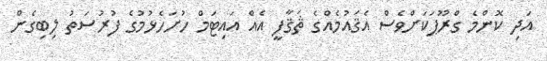
އަދި ކޮންމެ ގްރޫޕަކަށްވެސް އެޤައުމެއްގެ ޘަޤާފީ އެއް އައިޓަމް ހުށަހެޅުމުގެ ފުރުސަތު ލިބިގެން